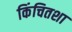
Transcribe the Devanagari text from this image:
किंचितशा